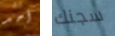
أحد سجنك